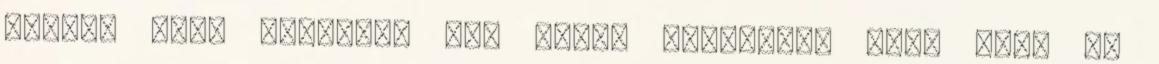
bizony „nem lehetett egy napon emlegetni azt, hogy mi